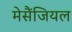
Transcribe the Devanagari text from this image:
मेसैंजियल